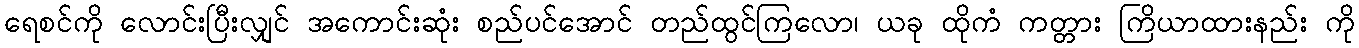
ရေစင်ကို လောင်းပြီးလျှင် အကောင်းဆုံး စည်ပင်အောင် တည်ထွင်ကြလော၊ ယခု ထိုကံ ကတ္တား ကြိယာထားနည်း ကို